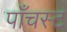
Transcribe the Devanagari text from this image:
पाँचस्ट